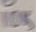
Text: 10K